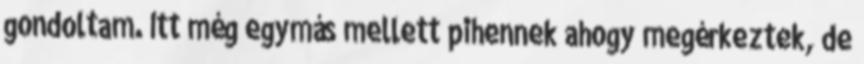
gondoltam. Itt még egymás mellett pihennek ahogy megérkeztek, de